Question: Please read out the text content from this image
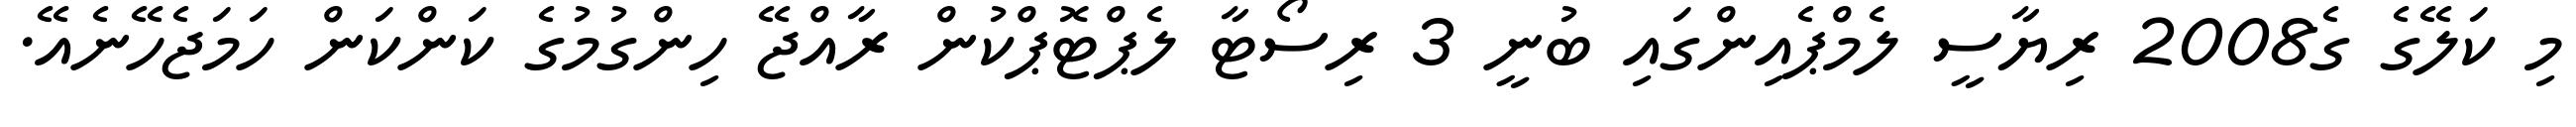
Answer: މި ކަލޭގެ ގެ2008 ރިޔާސީ ލެމްޕެއިންގައި ބުނީ 3 ރިސޯޓާ ލެޕްޓޮޕްކުން ރާއްޖޭ ހިންގުމުގެ ކަންކަން ހަމަޖެހޭނެއޭ.